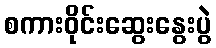
စကားဝိုင်းဆွေးနွေးပွဲ